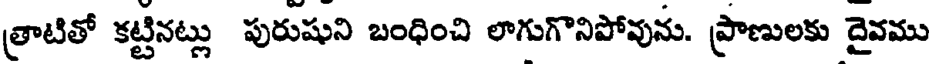
త్రాటితో కట్టినట్లు పురుషుని బంధించి లాగుగొనిపోవును. ప్రాణులకు దైవము